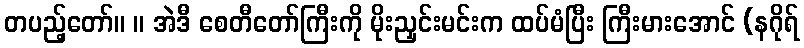
တပည့်တော်။ ။ အဲဒီ စေတီတော်ကြီးကို မိုးညှင်းမင်းက ထပ်မံပြီး ကြီးမားအောင် (နဂိုရ်